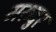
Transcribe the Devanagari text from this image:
मरुदुर